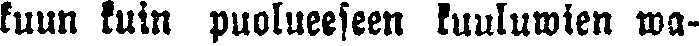
kuun kuin puolueeseen kuuluwien wa-